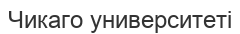
Чикаго университеті